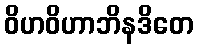
ဝိဟဝိဟာဘိနဒိတေ